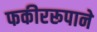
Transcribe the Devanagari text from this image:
फकीररूपाने